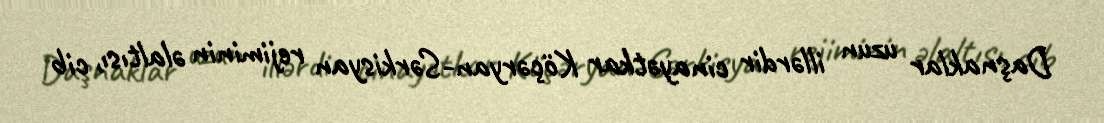
Daşnaklar uzun illərdir cinayətkar Köçəryan-Sərkisyan rejiminin əlaltısı, cib